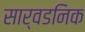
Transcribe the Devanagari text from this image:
सार्वडनिक